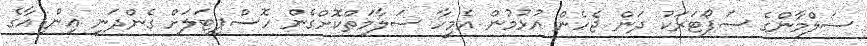
ސަލްމާންގެ ސަޕޯޓަރަކު ދަން ޖެހެން އުޅުމުން އެމީހާ ސަލާމަތްކޮށްގެން ހޮސްޕިޓަލަށް ގެންދަނީ އިންޑިއާގެ